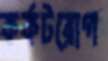
কর্কটরোগ